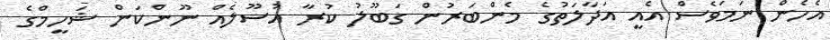
އެހެން ނަމަވެސް އެއީ އަދާލަތުގެ މެންބަރުން ގަބޫލު ކުރާ އުސޫލެއް ނޫންކަން ޝަހީމްގެ